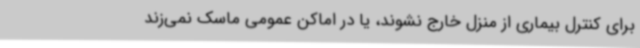
برای کنترل بیماری از منزل خارج نشوند، یا در اماکن عمومی ماسک نمی‌زند